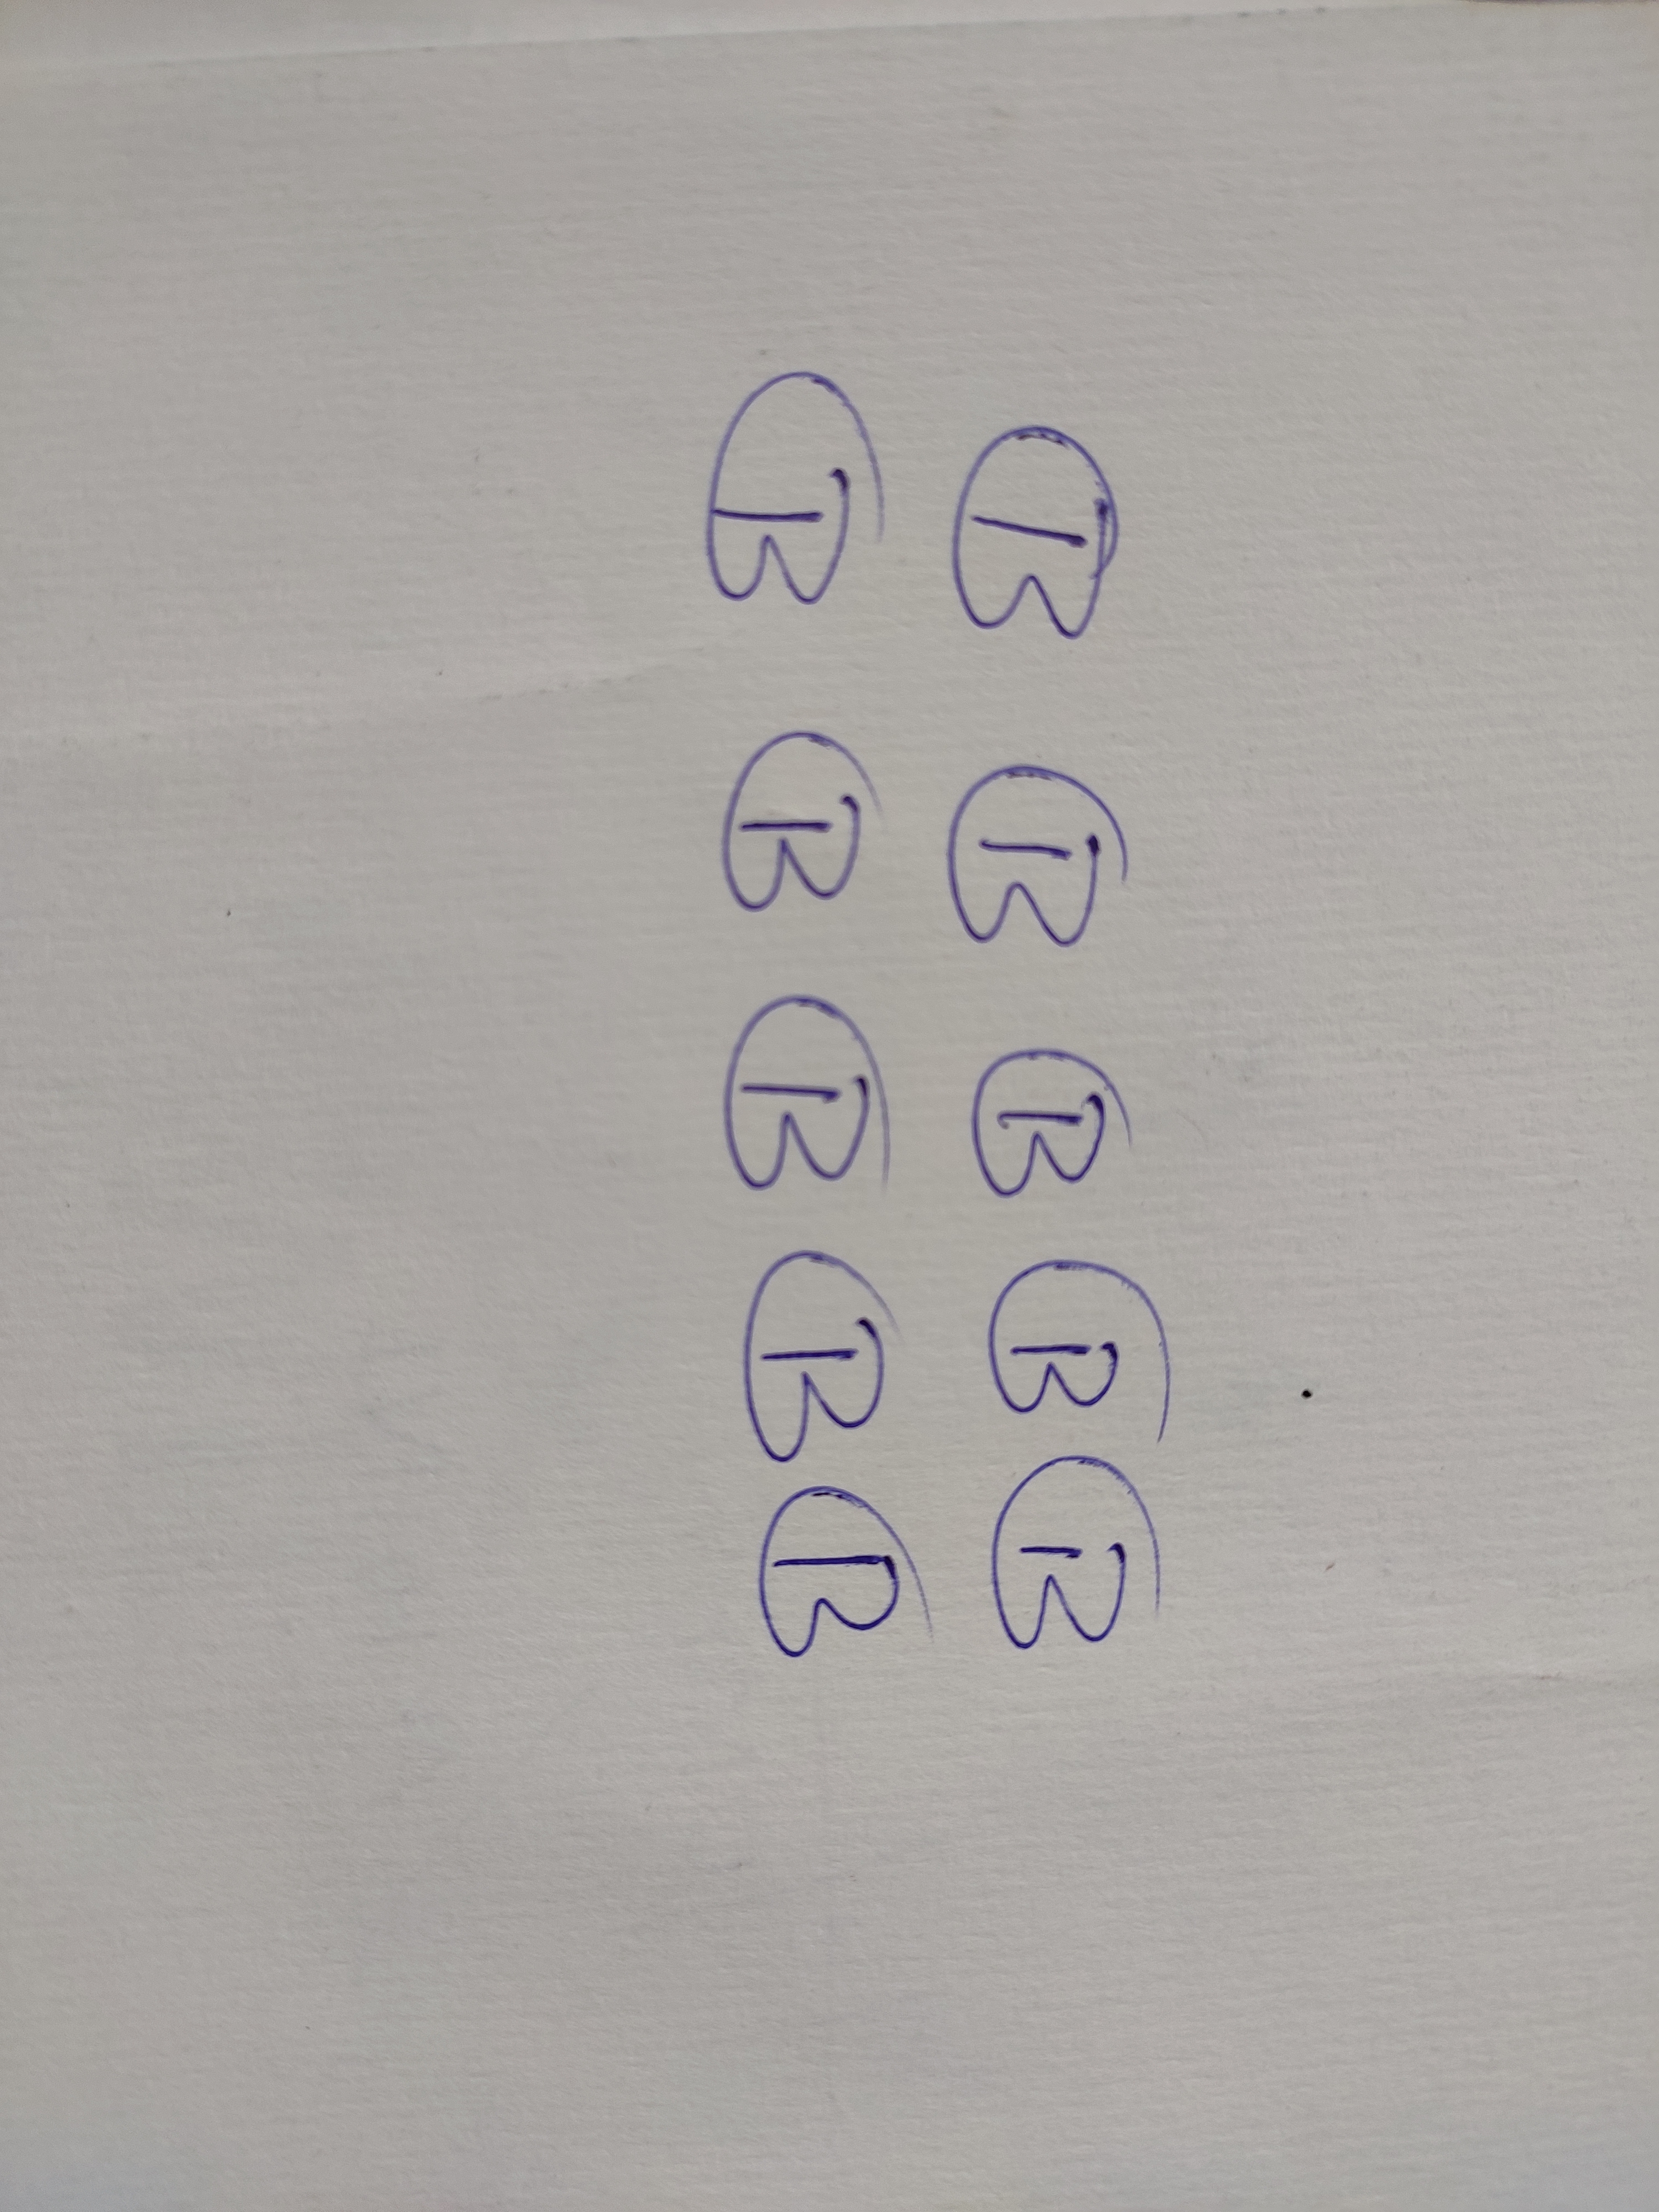
Signature authenticity: genuine